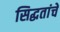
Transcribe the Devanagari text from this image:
सिद्धतांचे